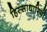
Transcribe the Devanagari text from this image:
हिस्साधारियों